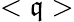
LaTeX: <\mathfrak{q}>